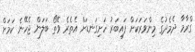
ގްރާމާ ދެމެދުގެ މިންވަރަކަށް ފައިބަރު ހަށިގަނޑަށް އެތެރެ ވޭތޯ ބަލަން ޖެހޭނެ ކަމަށް